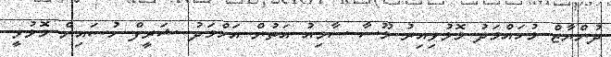
ދުންޔާޒް މުހައްމަދު މޮޅުވިއިރު މޫސާ ސާމިއު އަތުން އަހްމަދު ޝަރީފް ހުސައިން މޮޅުވީ